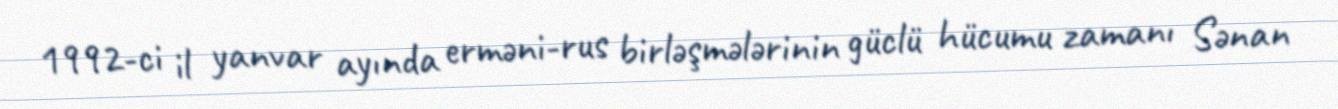
1992-ci il yanvar ayında erməni-rus birləşmələrinin güclü hücumu zamanı Sənan